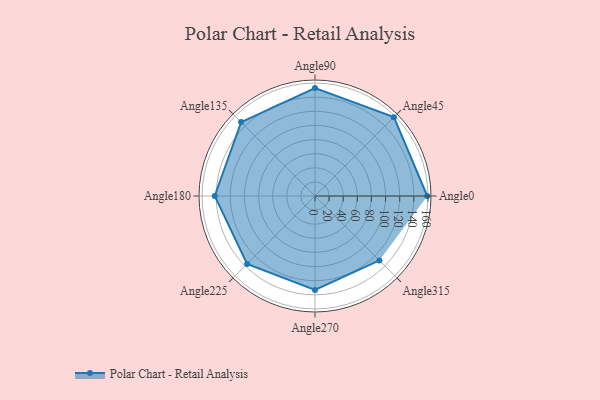
{"axis": {"x": "Angle", "y": "Radius"}, "legend": [""], "data": [{"x": "Angle0", "y": 159.0, "type": ""}, {"x": "Angle45", "y": 158.0, "type": ""}, {"x": "Angle90", "y": 153.0, "type": ""}, {"x": "Angle135", "y": 148.0, "type": ""}, {"x": "Angle180", "y": 142.0, "type": ""}, {"x": "Angle225", "y": 136.0, "type": ""}, {"x": "Angle270", "y": 133.0, "type": ""}, {"x": "Angle315", "y": 129.0, "type": ""}]}